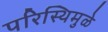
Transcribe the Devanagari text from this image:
परिस्थिमुळे